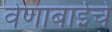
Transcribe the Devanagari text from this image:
वेणाबाईचे